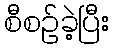
စီစဉ်ခဲ့ပြီး